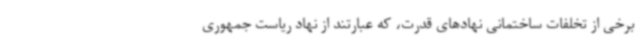
برخی از تخلفات ساختمانی نهادهای قدرت، که عبارتند از نهاد ریاست جمهوری